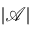
| { \mathcal { A } } |